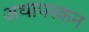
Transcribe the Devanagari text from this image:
अथापस्कन